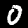
Label: 0